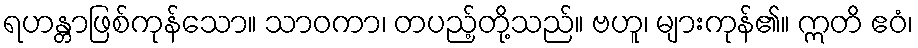
ရဟန္တာဖြစ်ကုန်သော။ သာဝကာ၊ တပည့်တို့သည်။ ဗဟူ၊ များကုန်၏။ ဣတိ ဧဝံ၊